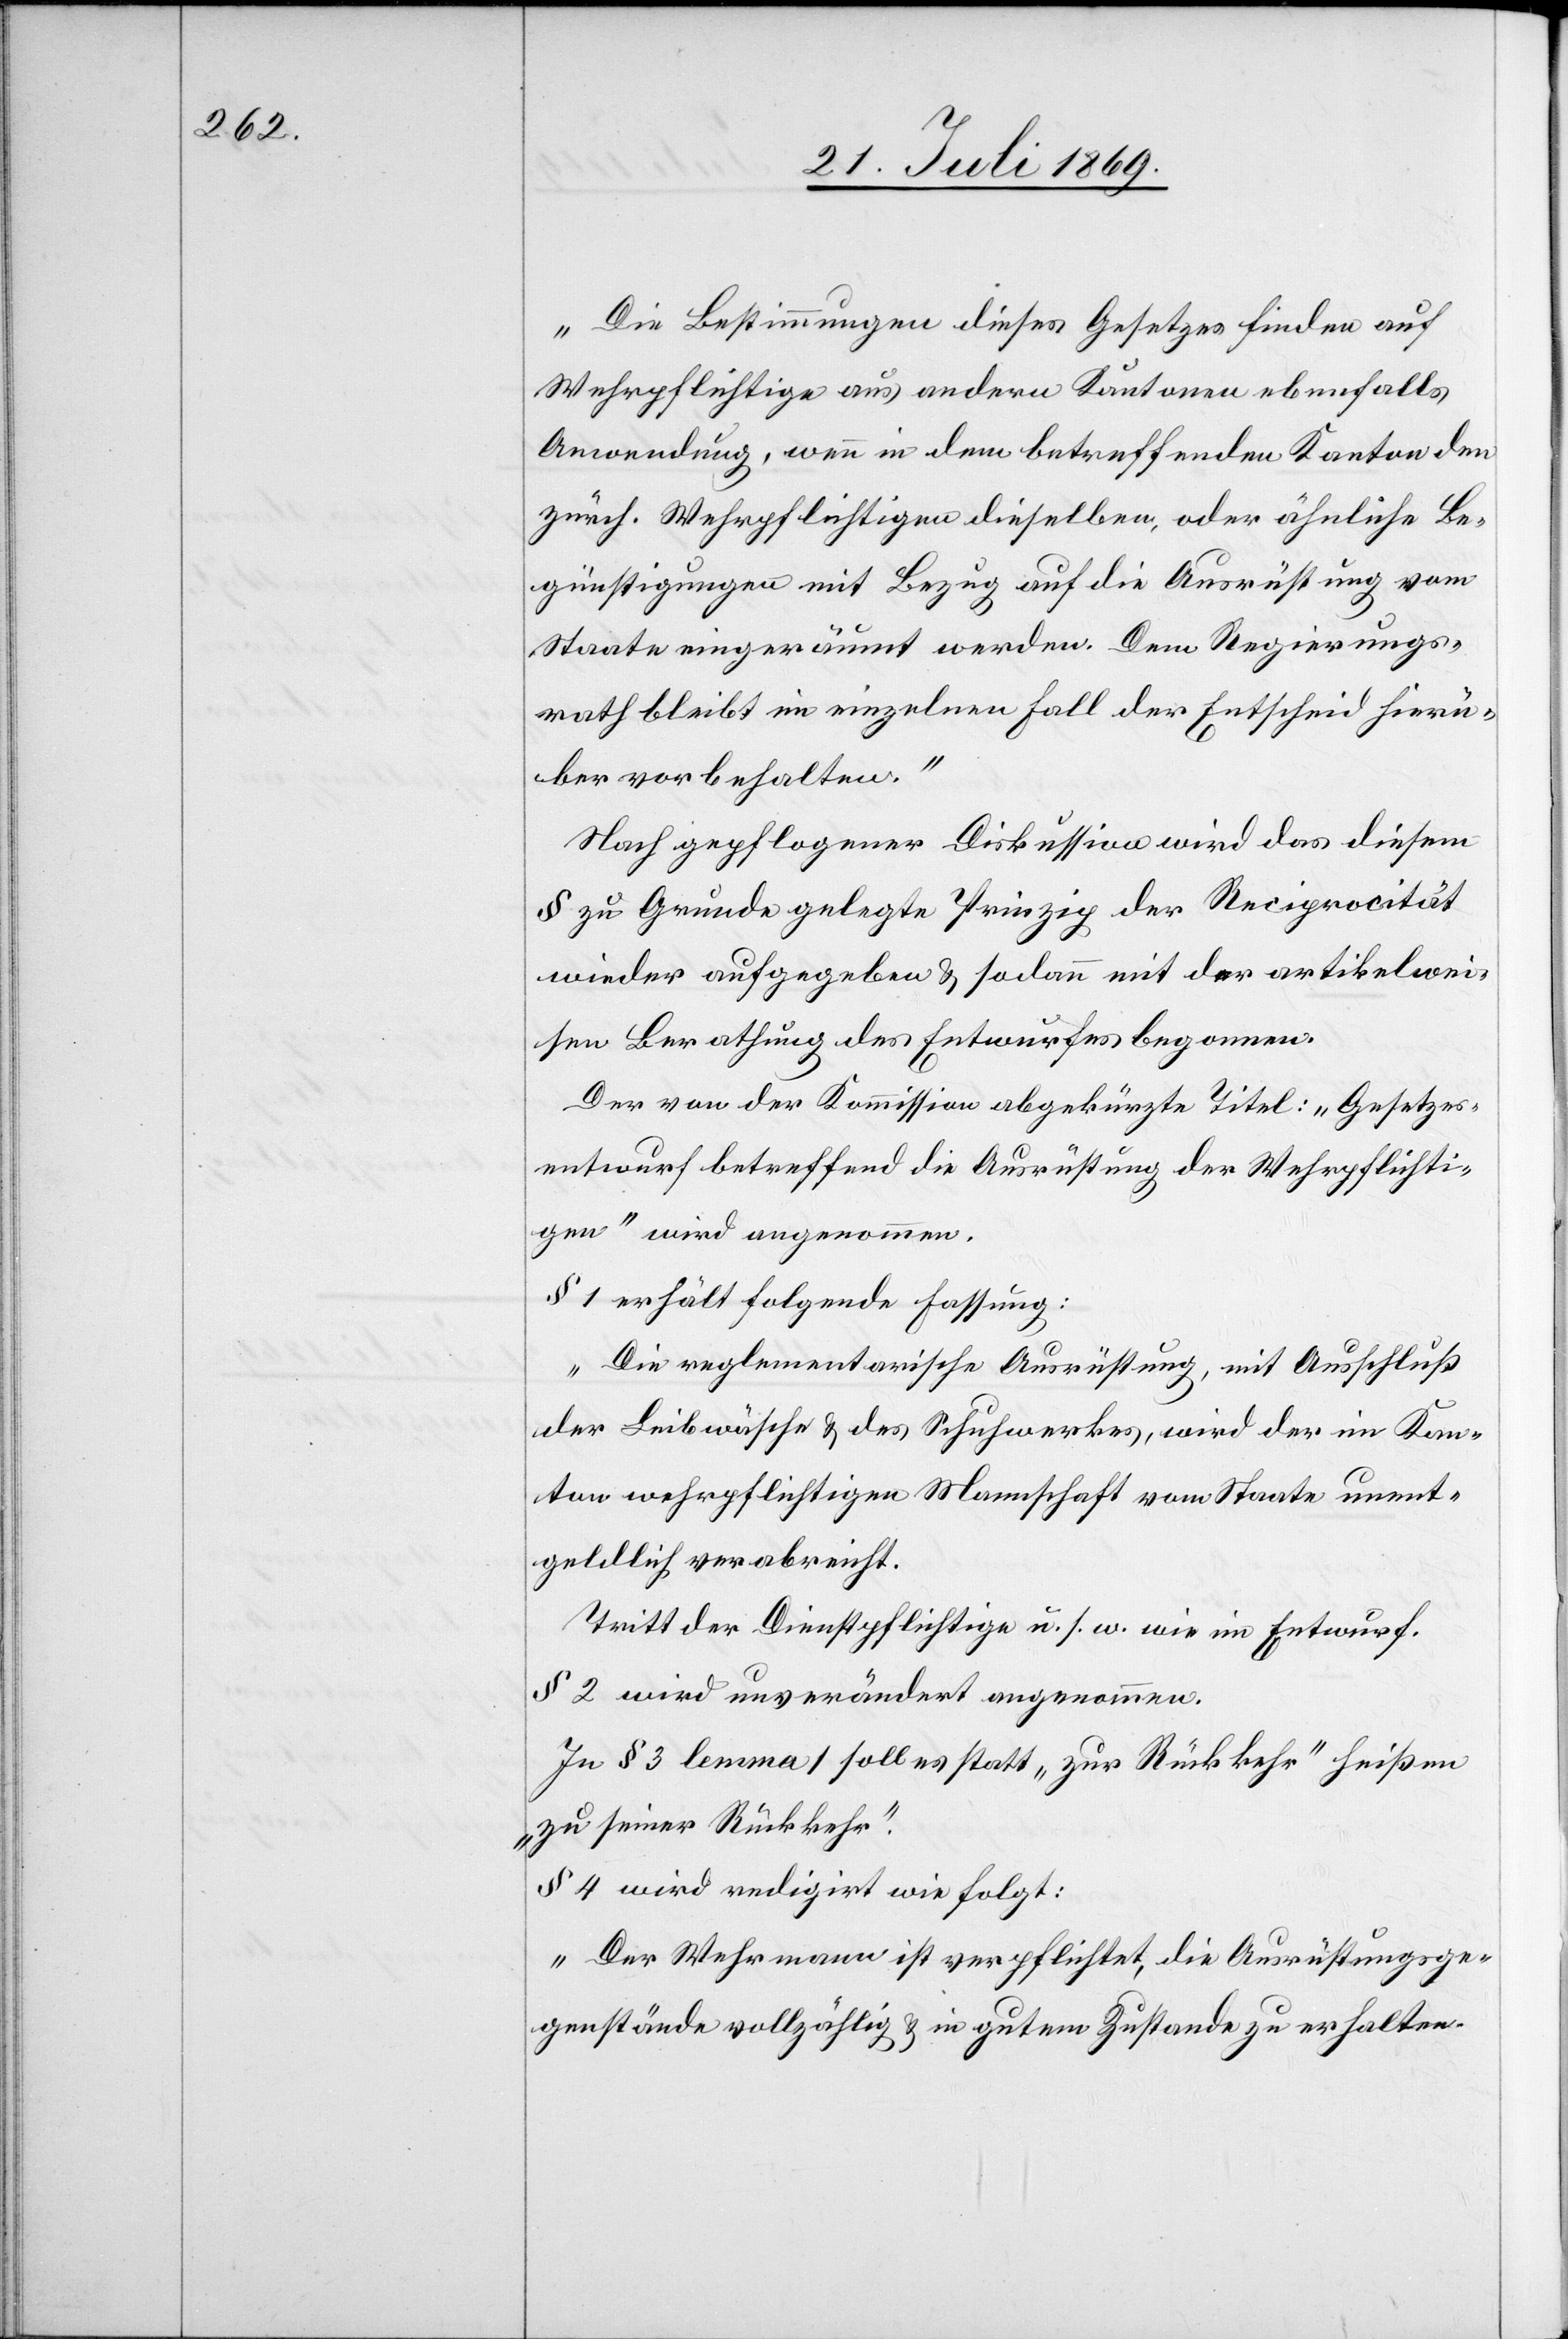
„Die Bestimmungen dieses Gesetzes finden auf
Wehrpflichtige aus andern Kantonen ebenfalls
Anordnung, wenn in dem betreffenden Kanton den
zürch. Wehrpflichtigen dieselben, oder ähnliche Be¬
günstigungen mit Bezug auf die Ausrüstung vom
Staate eingeräumt werden. Dem Regierungs¬
rath bleibt im einzelnen Fall der Entscheid hierü¬
ber vorbehalten.“
Nach gepflogener Diskussion wird das diesem
§ zu Grunde gelegte Prinzip der Reciprocität
wieder aufgegeben u. sodann mit der artikelwei¬
sen Berathung des Entwurfes begonnen.
Der von der Kommission abgekürzte Titel: „Gesetzes¬
entwurf betreffend die Ausrüstung der Wehrpflichti¬
gen“ wird angenommen.
§ 1 erhält folgende Fassung:
„Die reglementarische Ausrüstung, mit Ausschluß
der Leibwäsche u. des Schuhwerkes, wird der im Kan¬
ton wehrpflichtigen Mannschaft vom Staate unent¬
geldlich verabreicht.
Tritt der Dienstpflichtige u. s. w. wie im Entwurf.[“]
§ 2 wird unverändert angenommen.
In § 3 lemma 1 soll es statt „zur Rückkehr“ heißen
„zu seiner Rückkehr“.
§ 4 wird redigirt wie folgt:
„Der Wehrmann ist verpflichtet, die Ausrüstungsge¬
genstände vollzählig u. in gutem Zustande zu erhalten.